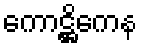
ကောဋ္ဌိကေန